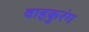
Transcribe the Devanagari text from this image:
वाहकुरंग